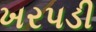
ખરપડી